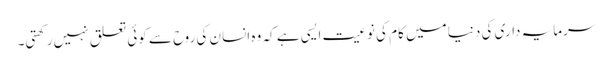
سرمایہ داری کی دنیا میں کام کی نوعیت ایسی ہے کہ وہ انسان کی روح سے کوئی تعلق نہیں رکھتی۔